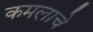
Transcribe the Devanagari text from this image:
कमलाचे